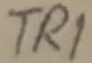
Text: TR1